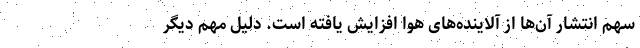
سهم انتشار آن‌ها از آلاینده‌های هوا افزایش یافته است. دلیل مهم دیگر